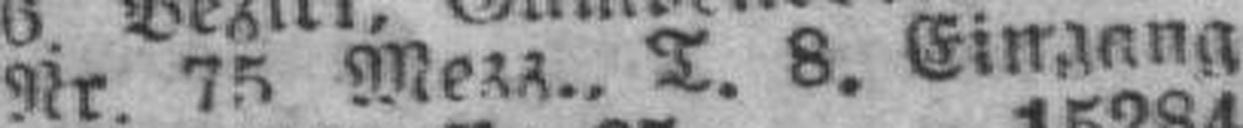
Nr. 75 Mezz., T. 8. Eingang